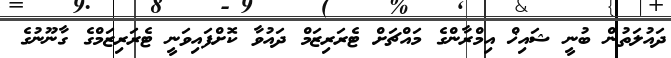
ދައުލަތުން ބުނީ ޝައިޚް އިމްރާންގެ މައްޗަށް ޓެރަރިޒަމް ދައުވާ ކޮށްފައިވަނީ ޓެރަރިޒަމްގެ ގާނޫނުގެ